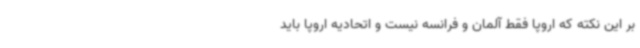
بر این نکته که اروپا فقط آلمان و فرانسه نیست و اتحادیه اروپا باید